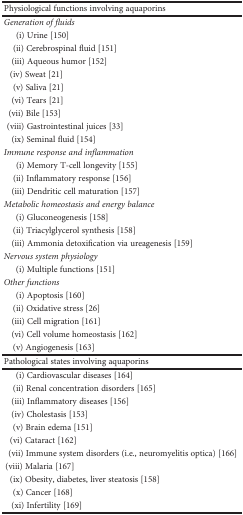
<table><thead><tr><td><b>Physiological functions involving aquaporins</b></td></tr></thead><tbody><tr><td><i>Generation of fluids</i></td></tr><tr><td> (i) Urine [150]</td></tr><tr><td>(ii) Cerebrospinal fluid [151]</td></tr><tr><td>(iii) Aqueous humor [152]</td></tr><tr><td> (iv) Sweat [21]</td></tr><tr><td>(v) Saliva [21]</td></tr><tr><td>(vi) Tears [21]</td></tr><tr><td>(vii) Bile [153]</td></tr><tr><td>(viii) Gastrointestinal juices [33]</td></tr><tr><td>(ix) Seminal fluid [154]</td></tr><tr><td><i>Immune response and inflammation</i></td></tr><tr><td> (i) Memory T-cell longevity [155]</td></tr><tr><td>(ii) Inflammatory response [156]</td></tr><tr><td>(iii) Dendritic cell maturation [157]</td></tr><tr><td><i>Metabolic homeostasis and energy balance</i></td></tr><tr><td> (i) Gluconeogenesis [158]</td></tr><tr><td>(ii) Triacylglycerol synthesis [158]</td></tr><tr><td>(iii) Ammonia detoxification via ureagenesis [159]</td></tr><tr><td><i>Nervous system physiology</i></td></tr><tr><td> (i) Multiple functions [151]</td></tr><tr><td><i>Other functions</i></td></tr><tr><td> (i) Apoptosis [160]</td></tr><tr><td>(ii) Oxidative stress [26]</td></tr><tr><td>(iii) Cell migration [161]</td></tr><tr><td>(vi) Cell volume homeostasis [162]</td></tr><tr><td>(v) Angiogenesis [163]</td></tr><tr><td>Pathological states involving aquaporins</td></tr><tr><td> (i) Cardiovascular diseases [164]</td></tr><tr><td>(ii) Renal concentration disorders [165]</td></tr><tr><td>(iii) Inflammatory diseases [156]</td></tr><tr><td>(iv) Cholestasis [153]</td></tr><tr><td>(v) Brain edema [151]</td></tr><tr><td> (vi) Cataract [162]</td></tr><tr><td>(vii) Immune system disorders (i.e., neuromyelitis optica) [166]</td></tr><tr><td> (viii) Malaria [167]</td></tr><tr><td> (ix) Obesity, diabetes, liver steatosis [158]</td></tr><tr><td>(x) Cancer [168]</td></tr><tr><td>(xi) Infertility [169]</td></tr></tbody></table>